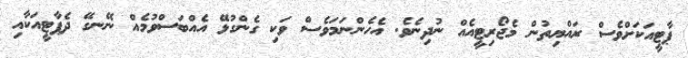
ޕާޓީއަކަށްވެސް ރައްޔިތުން މެޖޯރިޓީއެއް ނުދިނެވެ. އެހެންނަމަވެސް ވަކި ގެންގުޅޭ އެއްބަސްވުމެއް ނޭނގޭ ދެޕާޓީއަކާއި